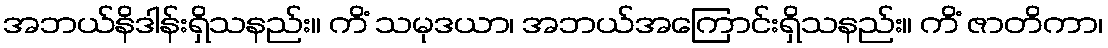
အဘယ်နိဒါန်းရှိသနည်း။ ကိံ သမုဒယာ၊ အဘယ်အကြောင်းရှိသနည်း။ ကိံ ဇာတိကာ၊